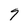
Character: 9